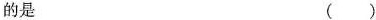
的是 ( )